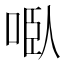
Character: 𭈌